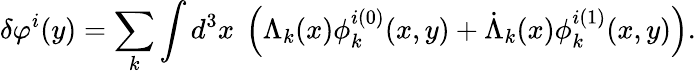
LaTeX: \delta\varphi^{i}(y)=\sum_{k}\int d^{3}x\ \left(\Lambda_{k}(x)\phi_{k}^{i(0)}(x,y)+\dot{\Lambda}_{k}(x)\phi_{k}^{i(1)}(x,y)\right).